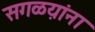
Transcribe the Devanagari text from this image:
सगळय़ांना